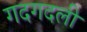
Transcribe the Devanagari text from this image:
गदगदली